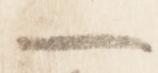
一